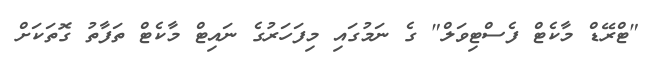
"ޓްރޭޑް މާކެޓް ފެސްޓިވަލް" ގެ ނަމުގައި މިފަހަރުގެ ނައިޓް މާކެޓް ތަފާތު ގޮތަކަށް